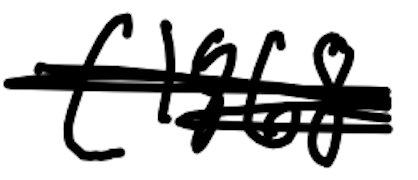
Text: (1868
Cross-out: scratch
Writing tool: digital_black